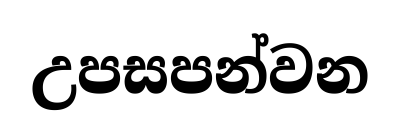
උපසපන්වන